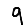
Digit: 9